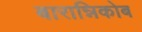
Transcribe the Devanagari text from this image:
बारान्निकोब